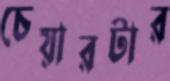
চেয়ারটার